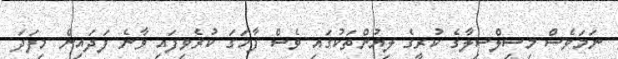
ނަމަވެސް މިސިލްސިލާގެ ކުރީގެ ލިޔުންތަކުގައި ވެސް ފާހަގަ ކުރެވިފައި ވާނެ ފަދައިން މިފަދަ